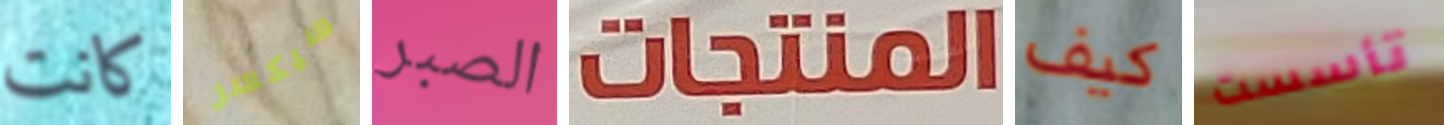
كانت سيكسر الصبر المنتجات كيف تأسست